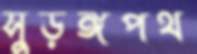
সুড়ঙ্গপথ